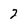
Character: 2